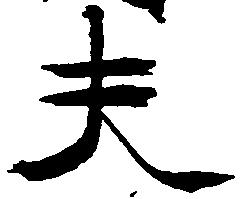
夫